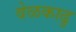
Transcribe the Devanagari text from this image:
वेळकाढु